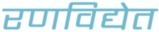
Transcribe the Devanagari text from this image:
रणविद्येत